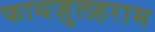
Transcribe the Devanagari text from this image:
फायज़ुलहराम